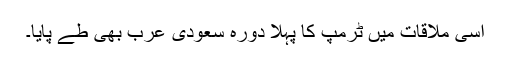
اِسی ملاقات میں ٹرمپ کا پہلا دورہِ سعودی عرب بھی طے پایا۔